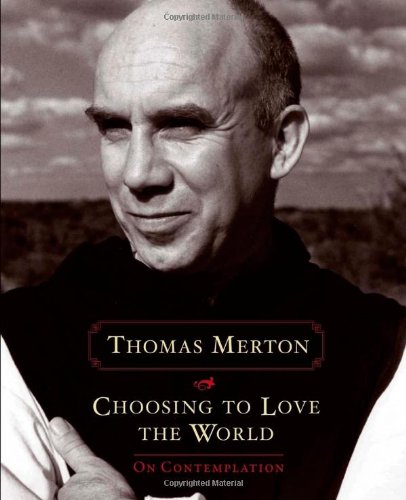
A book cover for Choosing to Love the World: On Contemplation; Thomas Merton; Christian Books & Bibles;